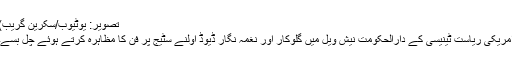
تصویر: یوٹیوب/سکرین گریب)
امریکی ریاست ٹینیسی کے دارالحکومت نیش ویل میں گلوکار اور نغمہ نگار ڈیوڈ اولنے سٹیج پر فن کا مظاہرہ کرتے ہوئے چل بسے۔